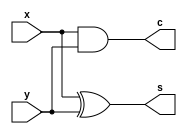
module ha(s,c,x,y);
    output s, c;
    input x, y;
    
    assign s = x ^ y;
    assign c = x & y;
    

endmodule